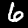
Label: 6